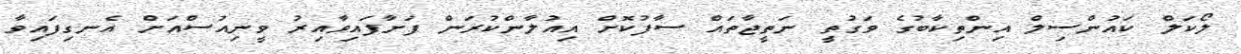
ލޯކަލް ކައުންސިލް އިންތިކާބުގެ ވަގުތީ ނަތީޖާތައް ސާފުކޮށް އިއުލާންކުރަން ފަށާފައިވާއިރު ވީނިއުސްއަށް އެނގިފައިވާ